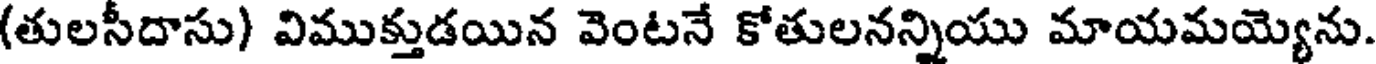
(తులసీదాసు) విముక్తుడయిన వెంటనే కోతులనన్నియు మాయమయ్యెను.